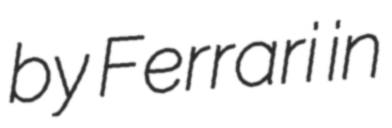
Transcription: by Ferrari in